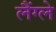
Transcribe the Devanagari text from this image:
लैंग्ले